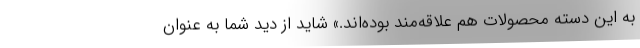
به این دسته محصولات هم علاقه‌مند بوده­اند.» شاید از دید شما به عنوان